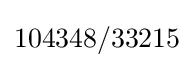
104348/33215